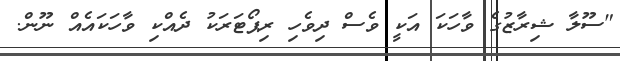
"ސޫލާ ޝިރާޒުގެ ވާހަކަ އަކީ ވެސް ދިވެހި ރިޕޯޓަރަކު ދެއްކި ވާހަކައެއް ނޫން.